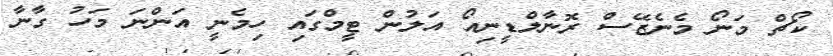
ކޯޗް މަނޯ މެނެޒޭސް ރޮނާލްޑީނިއޯ އަލުން ޓީމްގައި ހިމެނީ އަންނަ މަހު ގާނާ